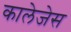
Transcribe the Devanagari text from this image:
कालेजेस